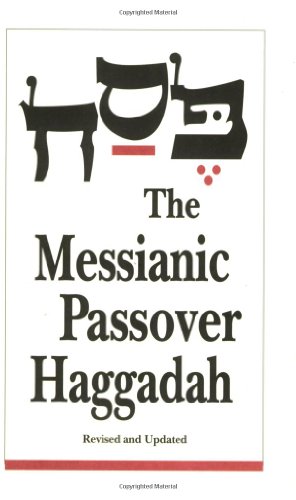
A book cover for The Messianic Passover Haggadah; Barry Rubin; Christian Books & Bibles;